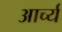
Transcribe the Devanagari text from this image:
आर्च्य